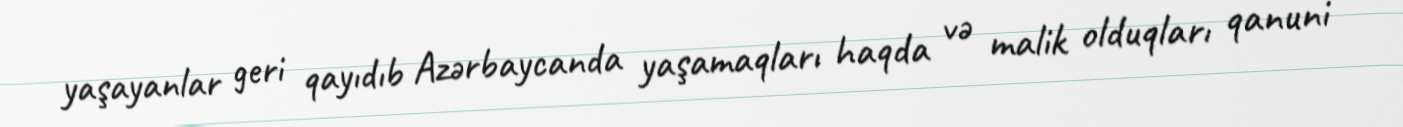
yaşayanlar geri qayıdıb Azərbaycanda yaşamaqları haqda və malik olduqları qanuni